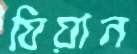
যিয়ান